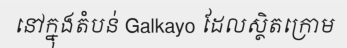
នៅក្នុងតំបន់ Galkayo ដែលស្ថិតក្រោម